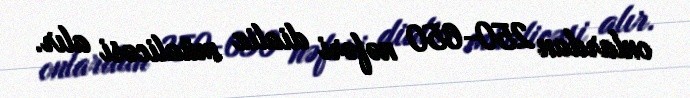
onlardan 250-650 nəfəri dializ müalicəsi alır.